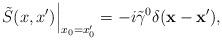
LaTeX: \begin{align*}\left. \tilde{S}(x,x')\right |_{x_0=x'_0}=-i\tilde{\gamma}^0 \delta({\bf x}-{\bf x}'),\end{align*}